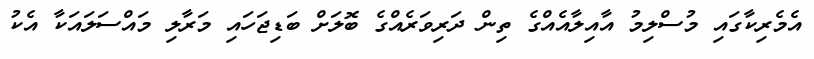
އެމެރިކާގައި މުސްލިމު އާއިލާއެއްގެ ތިން ދަރިވަރެއްގެ ބޮލަށް ބަޑިޖަހައި މަރާލި މައްސަލައަކާ އެކު